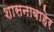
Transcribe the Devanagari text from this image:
शासनाबाहेर